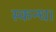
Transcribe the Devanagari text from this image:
स्कन्ध।